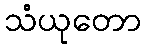
သံယုတော